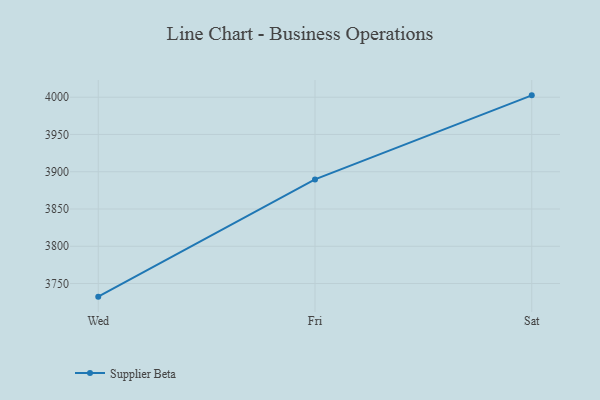
{"axis": {"x": "Day", "y": "Latency (ms)"}, "legend": ["Supplier Beta"], "data": [{"x": "Wed", "y": 3732.4, "type": "Supplier Beta"}, {"x": "Fri", "y": 3889.7, "type": "Supplier Beta"}, {"x": "Sat", "y": 4002.5, "type": "Supplier Beta"}]}